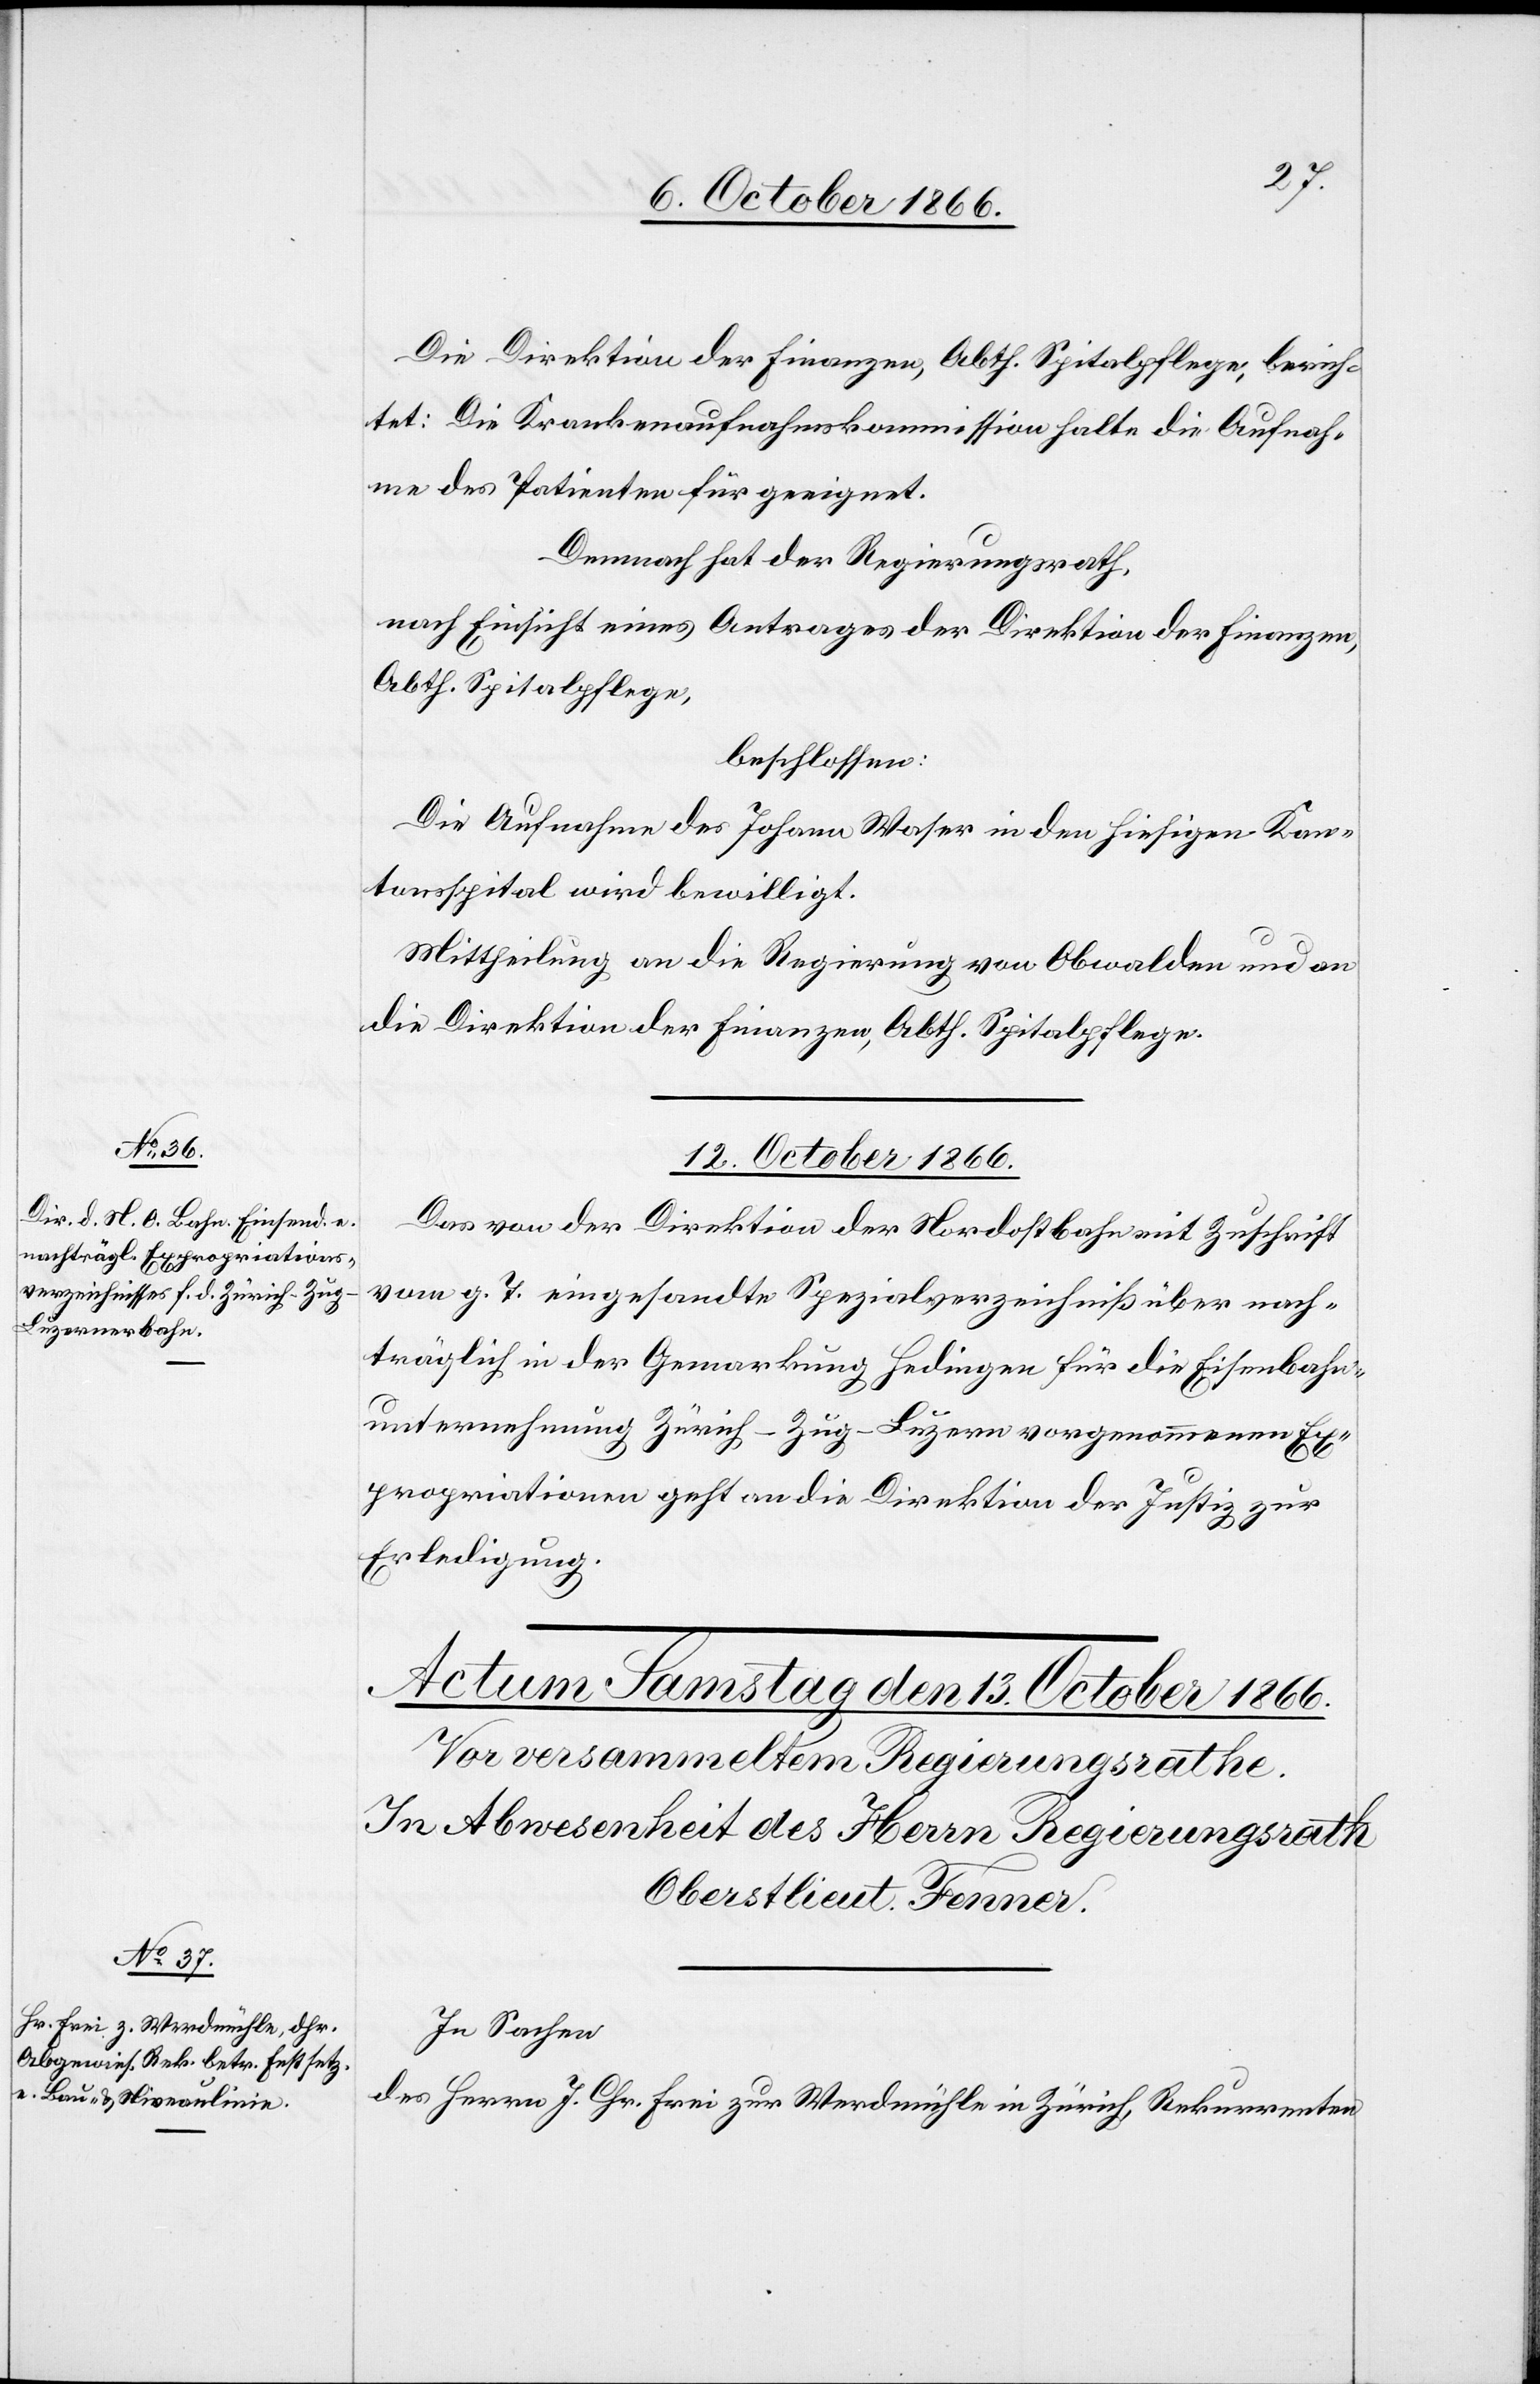
Die Direktion der Finanzen, Abth. Spitalpflege, berich¬
tet: Die Krankenaufnahmskommission halte die Aufnah¬
me des Patienten für geeignet.
Demnach hat der Regierungsrath,
nach Einsicht eines Antrages der Direktion der Finanzen,
Abth. Spitalpflege,
beschlossen:
Die Aufnahme des Johann Waser in den hiesigen Kan¬
tonsspital wird bewilligt.
Mittheilung an die Regierung von Obwalden und an
die Direktion der Finanzen, Abth. Spitalpflege.
12. October 1866.
Das von der Direktion der Nordostbahn mit Zuschrift
vom g. T. eingesandte Spezialverzeichniß über nach¬
träglich in der Gemarkung Hedingen für die Eisenbahn¬
unternehmung Zürich–Zug–Luzern vorgenommenen Ex¬
propriationen geht an die Direktion der Justiz zur
Erledigung.
In Sachen
des Herrn J. Chr. Frei zur Werdmühle in Zürich, Rekurrenten,